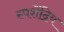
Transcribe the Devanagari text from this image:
स्पशेंद्रिय